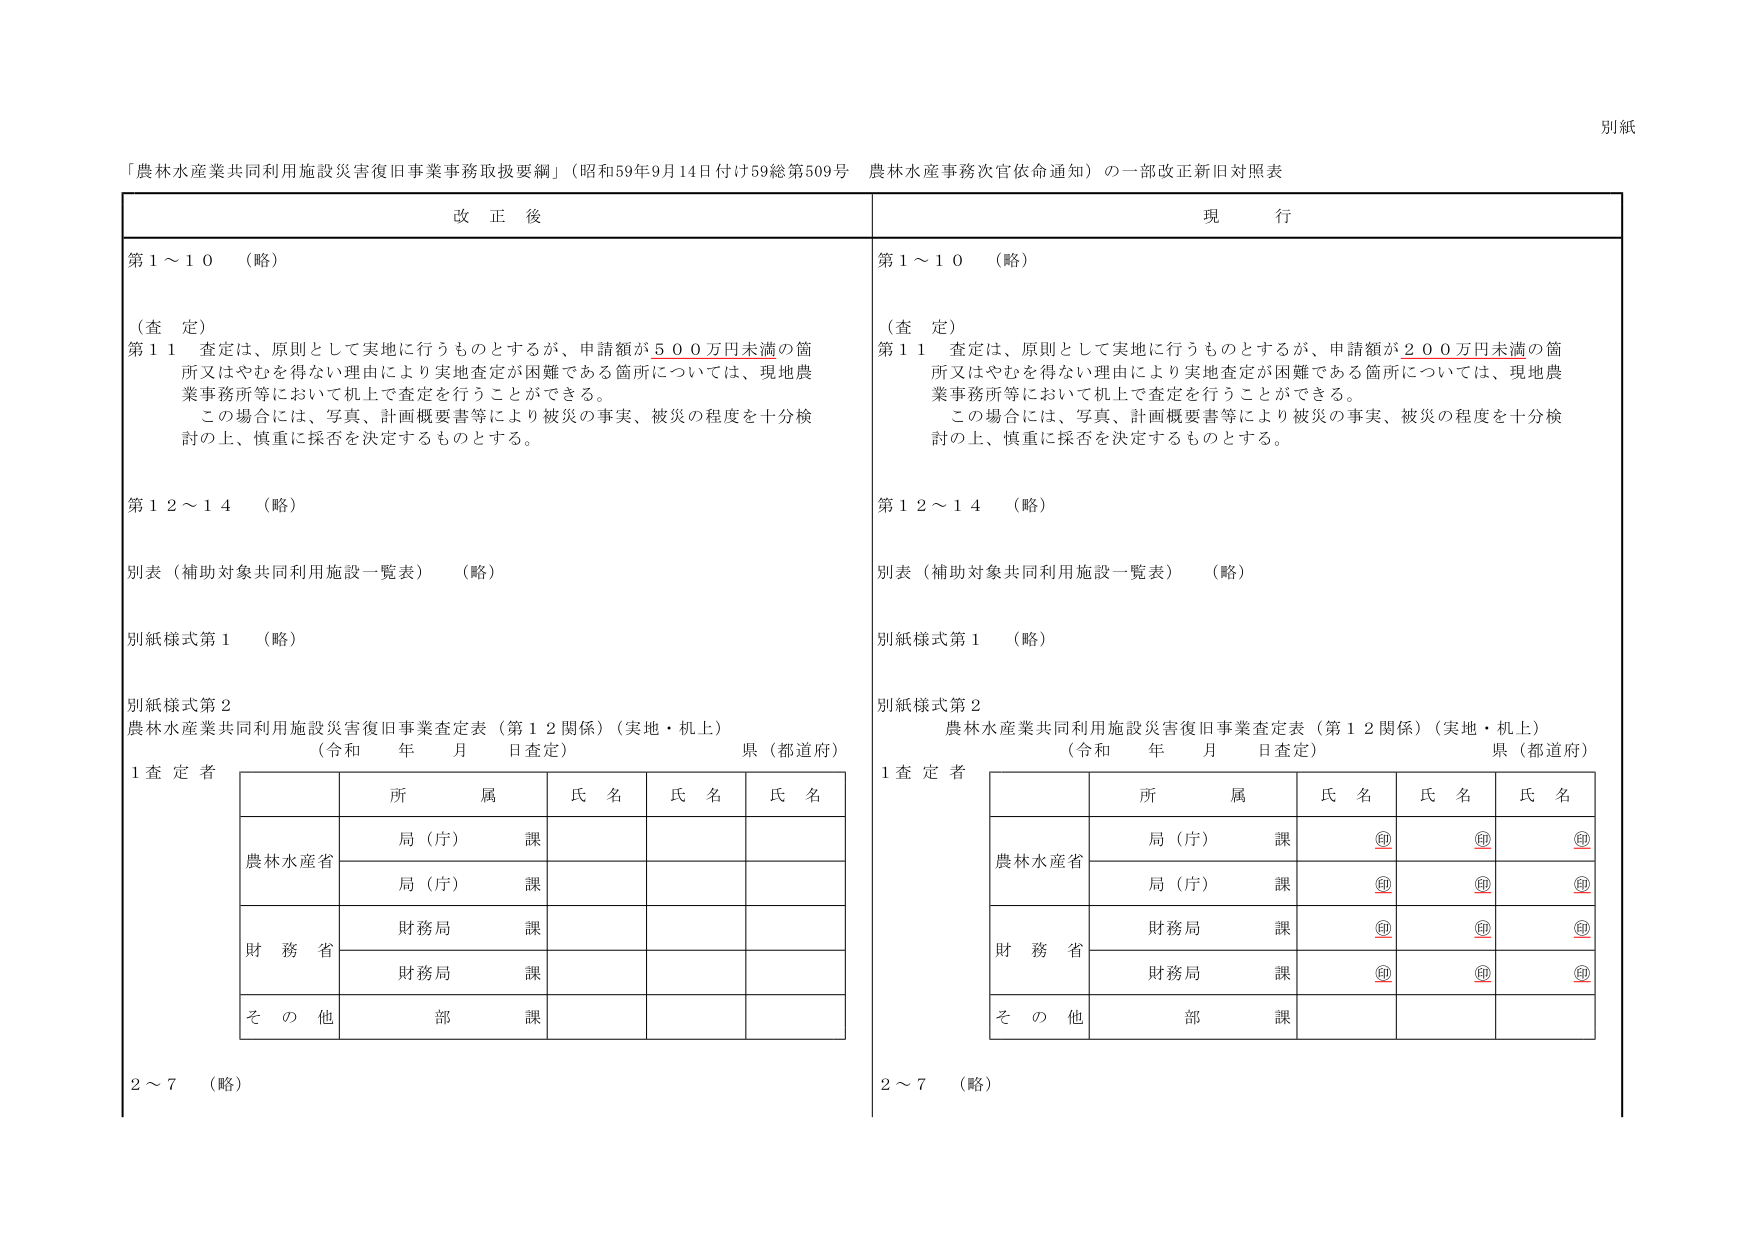
別紙

「農林水産業共同利用施設災害復旧事業事務取扱要綱」（昭和59年9月14日付け59総第509号 農林水産事務次官依命通知）の一部改正新旧対照表

改正後

第1～10 （略）

（査定）
第11 査定は、原則として実地に行うものとするが、申請額が500万円未満の箇所又はやむを得ない理由により実地査定が困難である箇所については、現地農業事務所等において机上で査定を行うことができる。
この場合には、写真、計画概要書等により被災の事実、被災の程度を十分検討の上、慎重に採否を決定するものとする。

第12～14 （略）

別表（補助対象共同利用施設一覧表） （略）

別紙様式第1 （略）

別紙様式第2
農林水産業共同利用施設災害復旧事業査定表（第12関係）（実地・机上）
（令和 年 月 日査定） 県（都道府）

1 査定者

| | 所属 | 氏名 | 氏名 | 氏名 |
|---|---|---|---|---|
| 農林水産省 | 局（庁）課 | | | |
| | 局（庁）課 | | | |
| 財務省 | 財務局課 | | | |
| | 財務局課 | | | |
| その他 | 部課 | | | |

2～7 （略）

現行

第1～10 （略）

（査定）
第11 査定は、原則として実地に行うものとするが、申請額が200万円未満の箇所又はやむを得ない理由により実地査定が困難である箇所については、現地農業事務所等において机上で査定を行うことができる。
この場合には、写真、計画概要書等により被災の事実、被災の程度を十分検討の上、慎重に採否を決定するものとする。

第12～14 （略）

別表（補助対象共同利用施設一覧表） （略）

別紙様式第1 （略）

別紙様式第2
農林水産業共同利用施設災害復旧事業査定表（第12関係）（実地・机上）
（令和 年 月 日査定） 県（都道府）

1 査定者

| | 所属 | 氏名 | 氏名 | 氏名 |
|---|---|---|---|---|
| 農林水産省 | 局（庁）課 | ㊞ | ㊞ | ㊞ |
| | 局（庁）課 | ㊞ | ㊞ | ㊞ |
| 財務省 | 財務局課 | ㊞ | ㊞ | ㊞ |
| | 財務局課 | ㊞ | ㊞ | ㊞ |
| その他 | 部課 | | | |

2～7 （略）